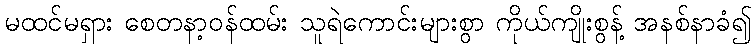
မထင်မရှား စေတနာ့ဝန်ထမ်း သူရဲကောင်းများစွာ ကိုယ်ကျိုးစွန့် အနစ်နာခံ၍